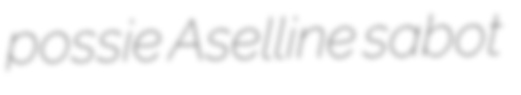
possie Aselline sabot